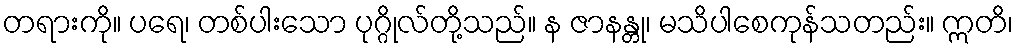
တရားကို။ ပရေ၊ တစ်ပါးသော ပုဂ္ဂိုလ်တို့သည်။ န ဇာနန္တု၊ မသိပါစေကုန်သတည်း။ ဣတိ၊